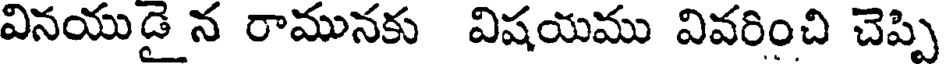
వినయుడై న రామునకు విషయము వివరించి చెప్పి